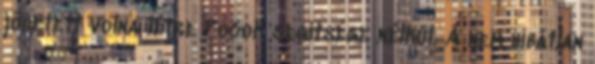
jöhetett volna létre Pocok segítsége nélkül. A nem hibátlan